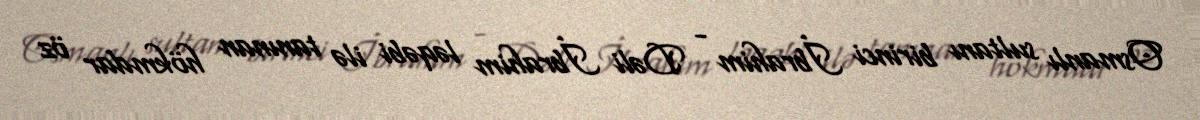
Osmanlı sultanı birinci İbrahim - Dəli İbrahim ləqəbi ilə tanınan hökmdar öz